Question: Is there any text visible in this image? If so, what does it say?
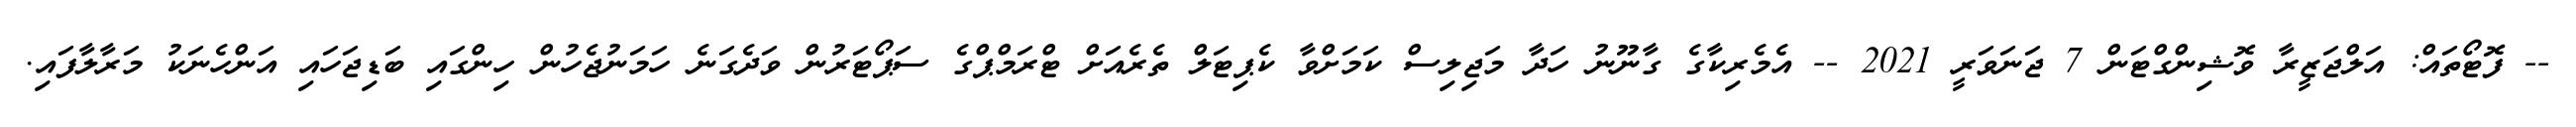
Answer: -- ފޮޓޯތައް: އަލްޖަޒީރާ ވޮޝިންގްޓަން 7 ޖަނަވަރީ 2021 -- އެމެރިކާގެ ގާނޫނު ހަދާ މަޖިލިސް ކަމަށްވާ ކެޕިޓަލް ތެރެއަށް ޓްރަމްޕްގެ ސަޕޯޓަރުން ވަދެގަނެ ހަމަނުޖެހުން ހިންގައި ބަޑިޖަހައި އަންހެނަކު މަރާލާފައި.